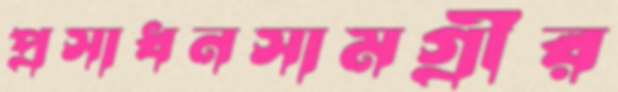
প্রসাধনসামগ্রীর